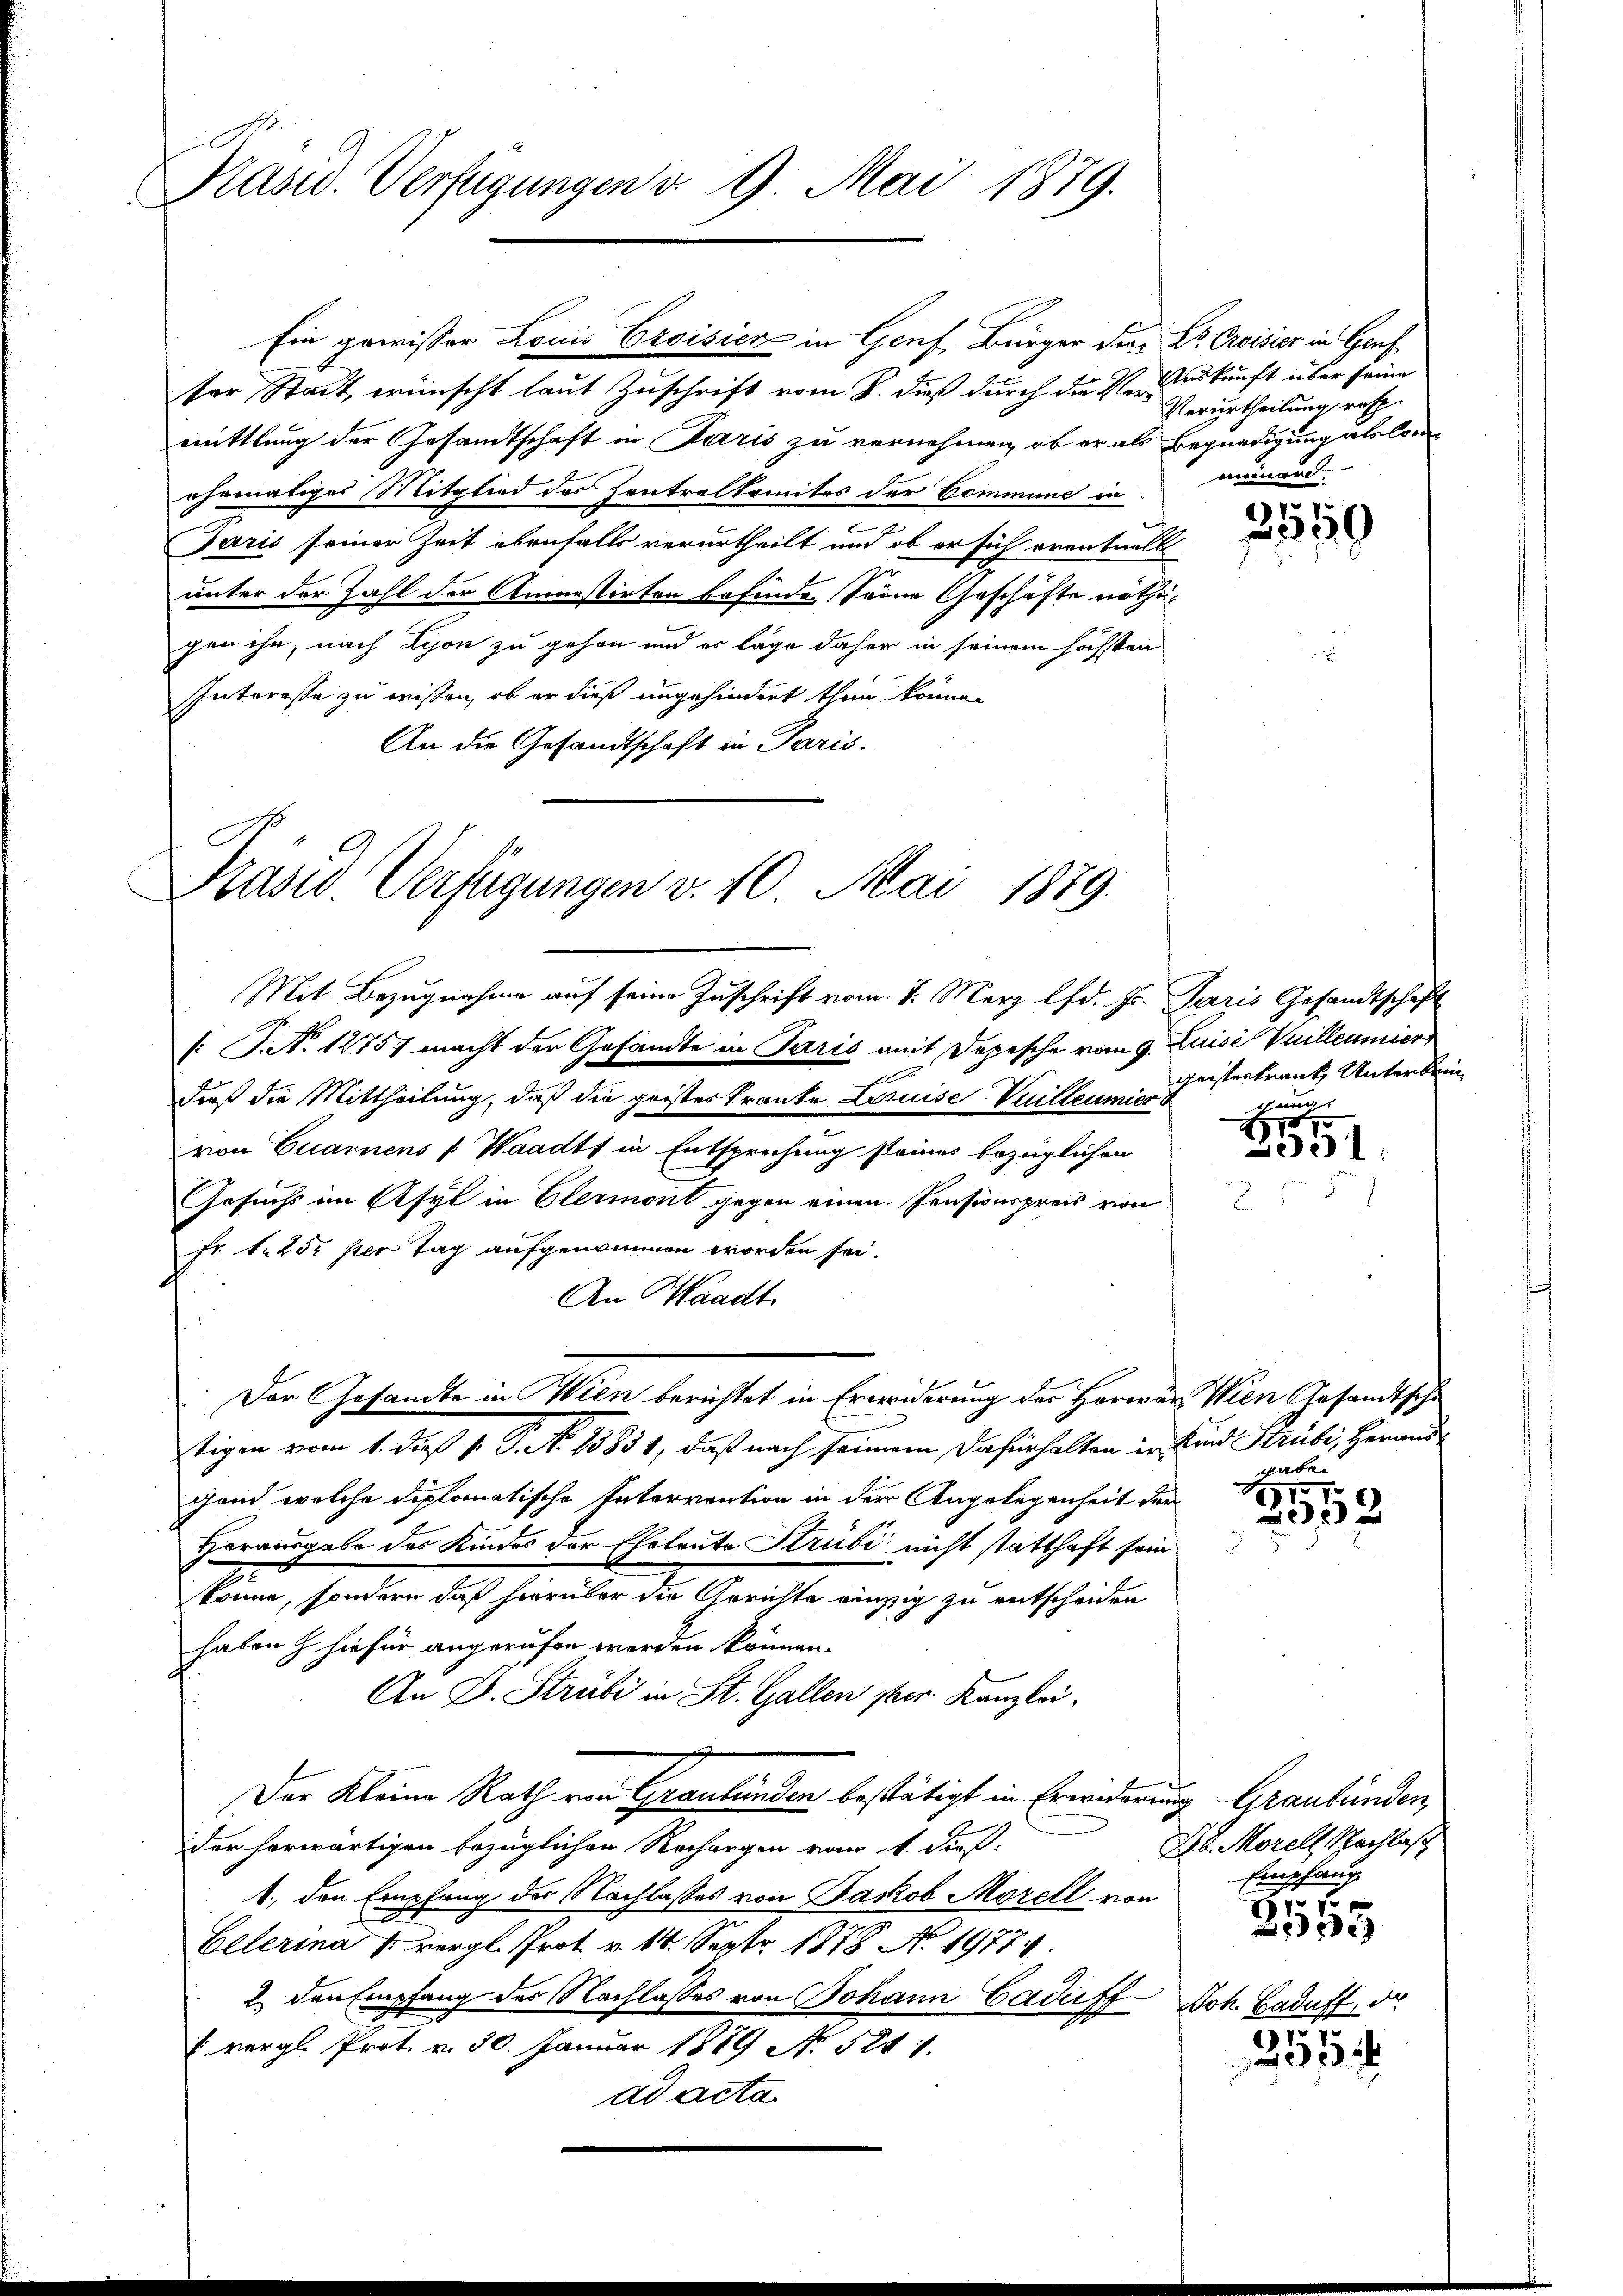
Präsid. Verfügungen v. 9. Mai 1879.

Ein gewisser Louis Croisicz in Genf, Bürger die Dr. Croisier in Gruf
ter Stadt, wünscht laut Zuschrift vom 8. dieß durch die Verurkunft über seine
mittlung der Gesandtschaft in Paris zu vernehmen, ob er als Begnadigung als Con
ehematiger Mitglied des Contralkomites der Commune in
Paris seiner Zeit ebenfalls verurtheilt und ob er sich eventuell
unter der Zahl der Amnestirten befinden Seine Geschäfte nöthigen ihn, nach Lyon zu gehen und er lage daher in seinem höchsten
Interesse zu wissen, ob er dieß ungehindert thun können
An die Gesandtschaft in Paris.

Präsid. Verfügungen v. 10. Mai 1879.
Mit Bezugnahme auf seine Zuschrift vom 7. März lfd. Hr. Paris Gesandtschaft

/: J. No 12757 macht der Gesandte in Paris mit Depesche vom 9. Juisé Vuilleumier
dieß die Mittheilung, daß die geisteskranke LuiseVuilleumiers
von Quarnens (Waadt in Entsprechung steines bezüglichen
Gesuchs im Asyl in Elermont gegen einen Pensionspreis von
Fr. 1. 250 per Tag aufgenommen worden sei.
An Waadt
Der Gesandte in Wien berichtet in Erwiderung des Herrer Wien Gesandtsche
tigen vom 1. dieß v. J. No 15831, daß nach seinem Dafürhalten in Kind Strube, Herausgend welche diplomatische Intervention in der Angelegenheit der
Herausgabe des Kindes der Eheleute Strübi nicht statthaft sein
könne, sondern daß hierüber die Gerichte einzig zu entscheiden
haben z hiefür angerufen werden können.
An D. Strubi in St. Gallen per Kanzlei
Der Kleine Rath von Graubünden bestätigt in Erwiderung Graubünden,
der herwärtigen bezüglichen Rechargen vom 1. dieß:
1., den Empfang des Nachlasses von Jakob Morell von
Gelerina vergl. Prot. v. 14. Sept. 1878 No. 1977.
2. den Empfang des Nachlasses von Johann Caduff Joh. Haduff, der
 vergl. Prot. v. 30. Januar 1889 No 524 1.
ad acta.

Verurtheilung resp.
neinard.

2519

geisterkrank, Unterbein
gnun

.
201

gaben

3453

Ab. Morell, Nachlas
Empfang
7 x

ede

157
1